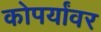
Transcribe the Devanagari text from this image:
कोपर्यांवर